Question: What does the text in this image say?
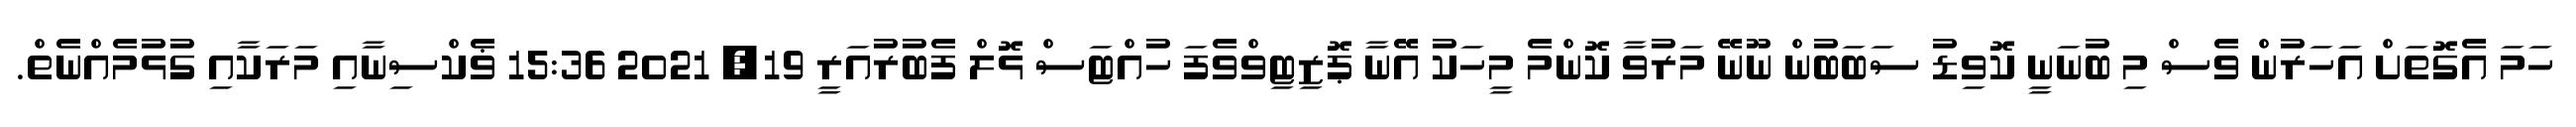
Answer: ހަމަ އެގޮތަށް އަހަރުން ވެސް މި ބުނަނީ ކޮވިޑު ސަބަބުން ނޫނޭ މަރުވާ ކޮންމެ މީހަކު އޭނާ ޕޮޒިޓިވްވެފަ ހުއްޓަސް ޅޮލް ފެބުރުއަރީ 19, 2021 15:36 ޥެކްސިނާއި މަރަކާއި ގުޅުމެއްނެތް.